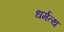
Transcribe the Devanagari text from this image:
धर्मत्थ